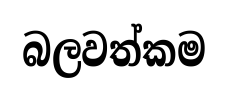
බලවත්කම